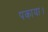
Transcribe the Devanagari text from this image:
पकाया।